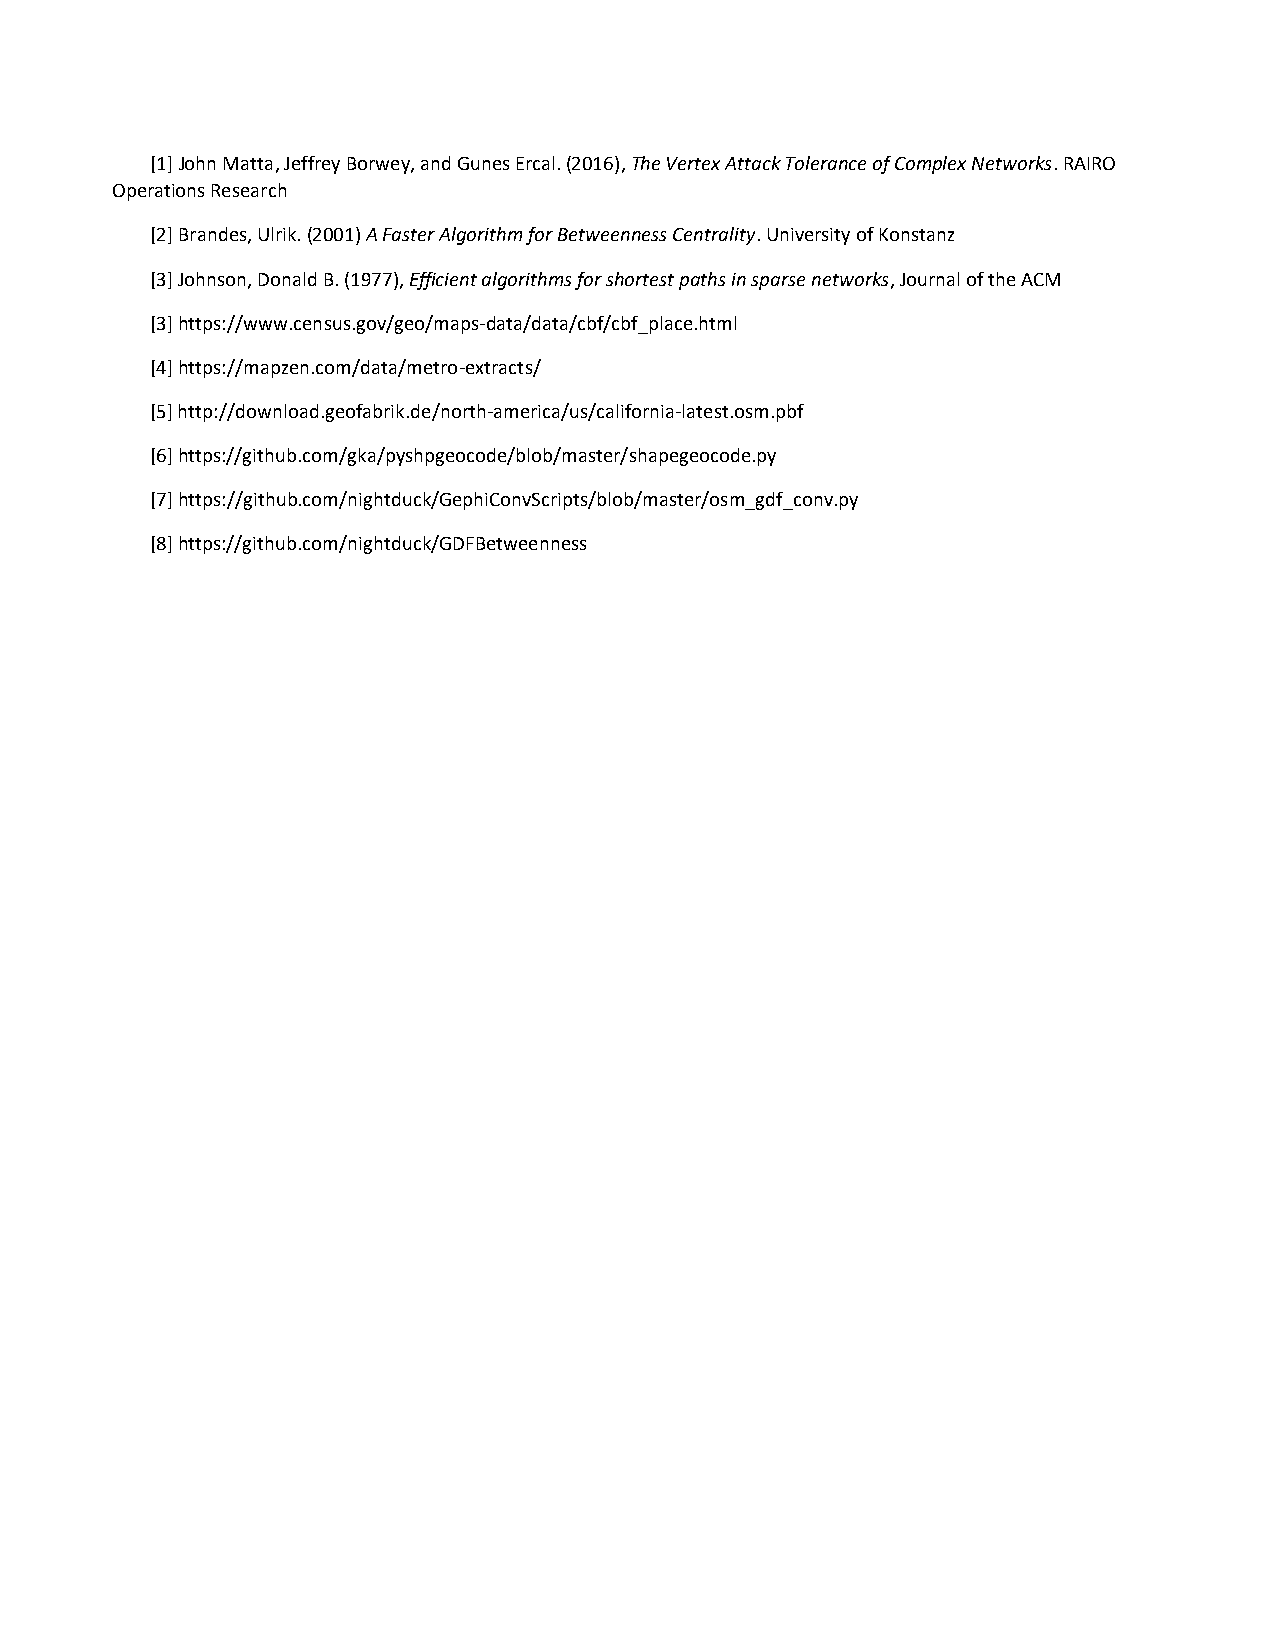
[1] John Matta, Jeffrey Borwey, and Gunes Ercal. (2016), The Vertex Attack Tolerance of Complex Networks. RAIRO
 Operations Research
 [2] Brandes, Ulrik. (2001) A Faster Algorithm for Betweenness Centrality. University of Konstanz
 [3] Johnson, Donald B. (1977), Efficient algorithms for shortest paths in sparse networks, Journal of the ACM
 [3] https://www.census.gov/geo/maps-data/data/cbf/cbf_place.html
 [4] https://mapzen.com/data/metro-extracts/
 [5] http://download.geofabrik.de/north-america/us/california-latest.osm.pbf
 [6] https://github.com/gka/pyshpgeocode/blob/master/shapegeocode.py
 [7] https://github.com/nightduck/GephiConvScripts/blob/master/osm_gdf_conv.py
 [8] https://github.com/nightduck/GDFBetweenness